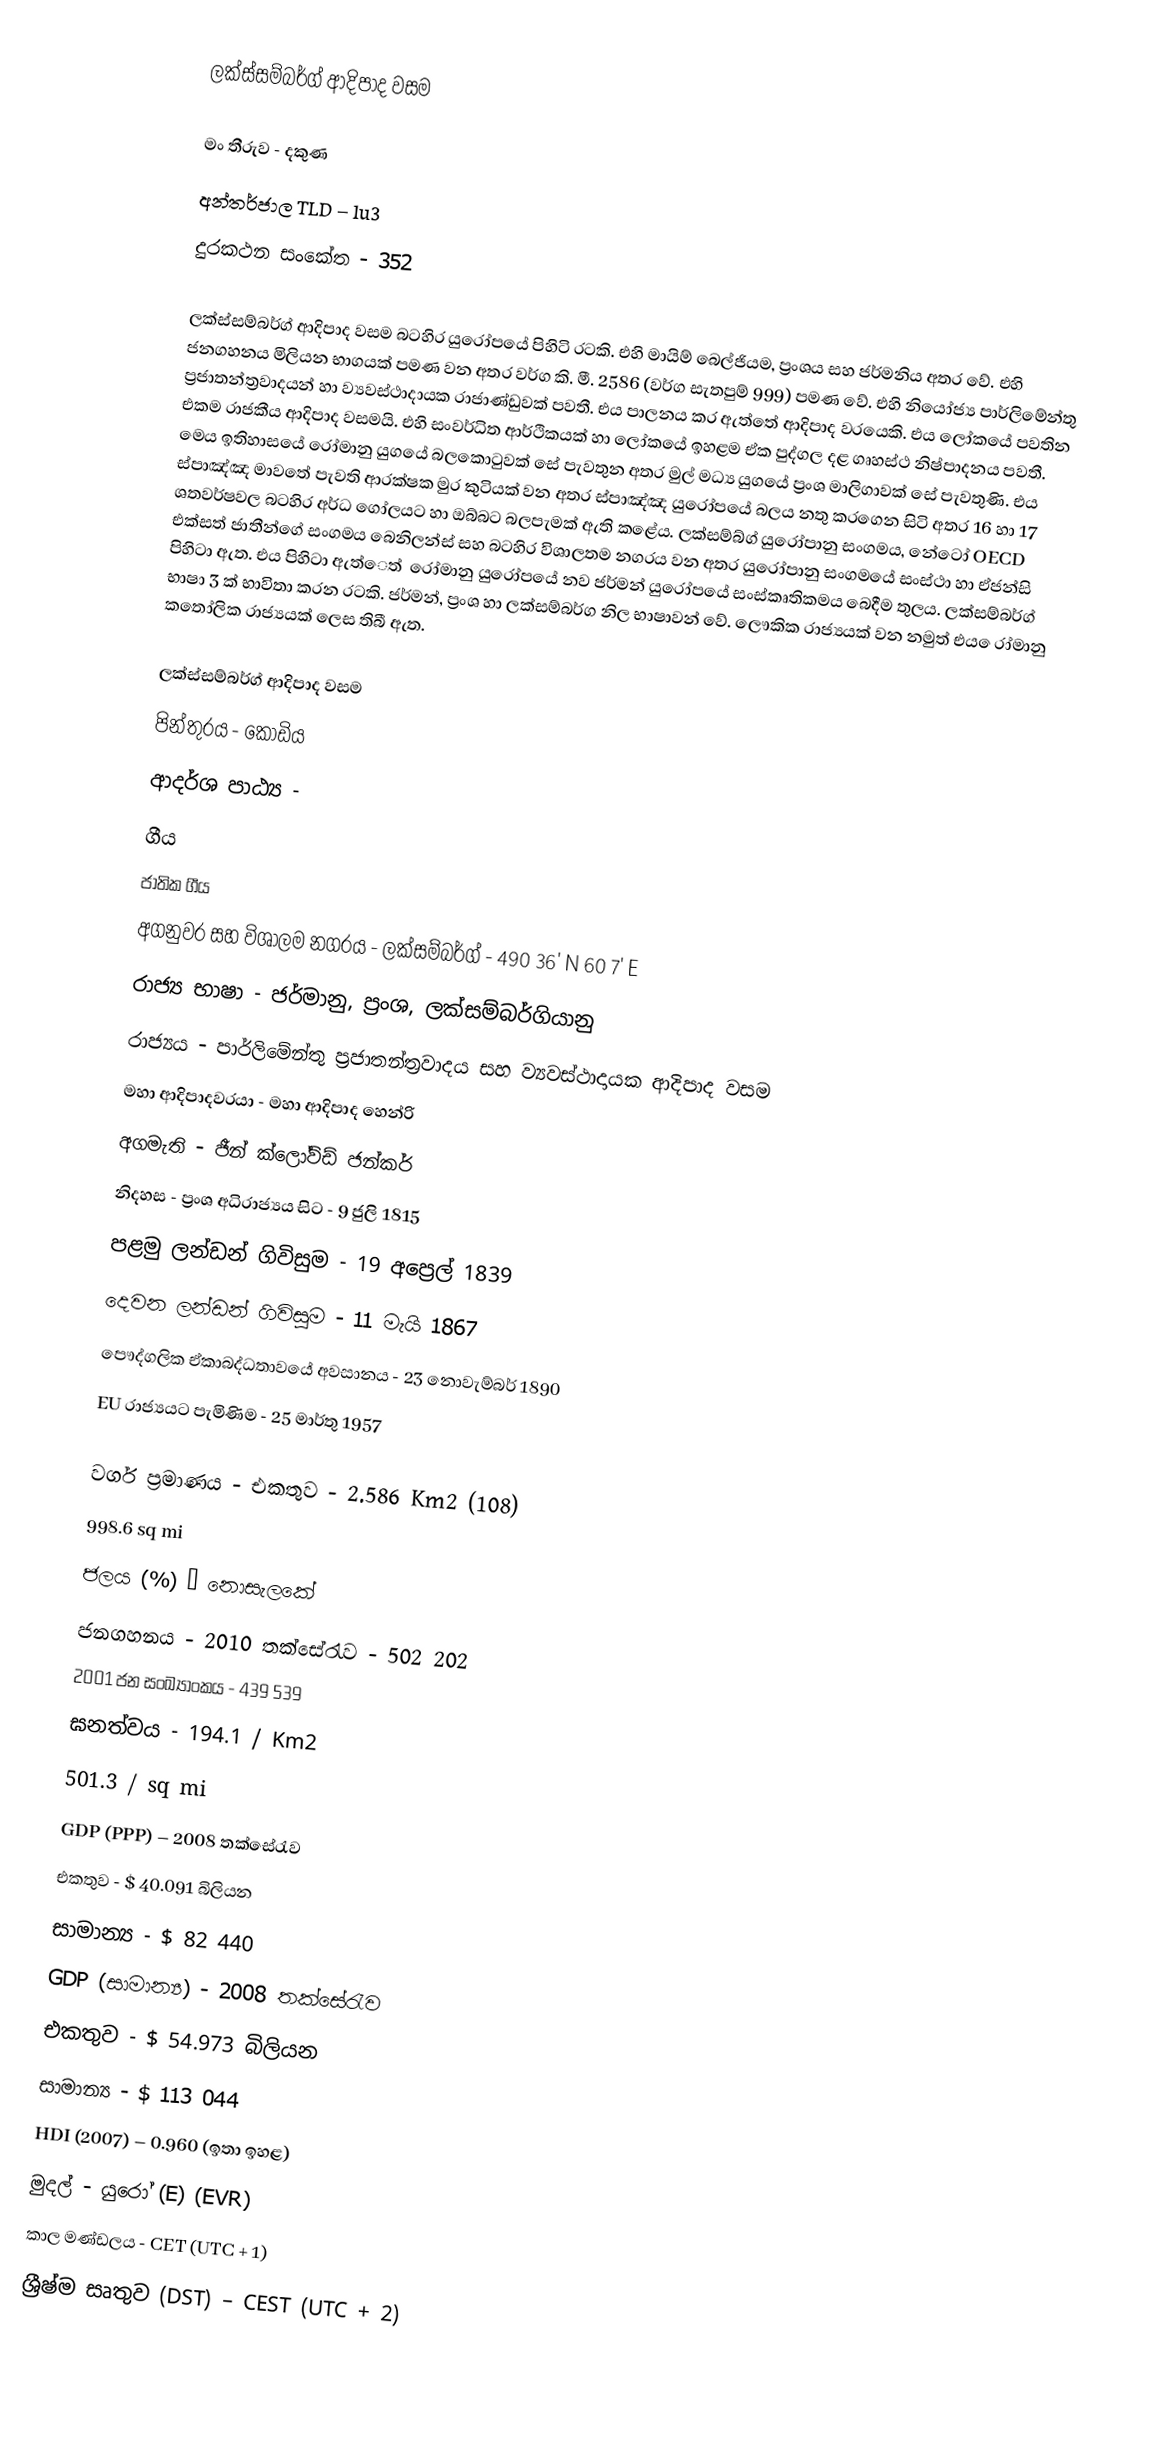
ලක්ස්සම්බර්ග් ආදිපාද වසම

මං තීරුව - දකුණ
අන්තර්ජාල TLD – lu3
දුරකථන සංකේත - 352

ලක්ස්සම්බර්ග් ආදිපාද වසම බටහිර යුරෝපයේ පිහිටි රටකි. එහි මායිම් බෙල්ජියම, ප්‍රංශය සහ ජර්මනිය අතර වේ. එහි ජනගහනය මිලියන භාගයක් පමණ වන අතර වර්ග කි. මී. 2586 (වර්ග සැතපුම් 999) පමණ වේ. එහි නියෝජ්‍ය පාර්ලිමේන්තු ප්‍රජාතන්ත්‍රවාදයන් හා ව්‍යවස්ථාදායක ‍රාජාණ්ඩුවක් පවතී. එය පාලනය කර ඇත්තේ ආදිපාද වරයෙකි. එය ලෝකයේ පවතින එකම රාජකීය ආදිපාද වසමයි. එහි සංවර්ධිත ආර්ථිකයක් හා ලෝකයේ ඉහළම ඒක පුද්ගල දළ ගෘහස්ථ නිෂ්පාදනය පවතී. මෙය ඉතිහාසයේ රෝමානු යුගයේ බලකොටුවක් සේ පැවතුන අතර මුල් මධ්‍ය යුගයේ ප්‍රංශ මාලිගාවක් සේ පැවතුණි. එය ස්පාඤ්ඤ මාවතේ පැවති ආරක්ෂක මුර කුටියක් වන අතර ස්පාඤ්ඤ යුරෝපයේ බලය නතු කරගෙන සිටි අතර 16 හා 17 ශතවර්ෂවල බටහිර අර්ධ ගෝලයට හා ඔබ්බට බලපැමක් ඇති කළේය. ලක්සම්බ්ග් යුරෝපානු සංගමය, නේටෝ OECD එක්සත් ජාතීන්ගේ සංගමය බෙනිලන්ස් සහ බටහිර විශාලතම නගරය වන අතර යුරෝපානු සංගමයේ සංස්ථා හා ඒජන්සි පිහිටා ඇත. ‍එය පිහිටා ඇත්‍ෙත් ‍ රෝමානු යුරෝපයේ නව ජර්මන් යු‍රෝපයේ සංස්කෘතිකමය බෙදීම තුලය. ලක්සම්බර්ග් භාෂා 3 ක් භාවිතා කරන රටකි. ජර්මන්, ප්‍රංශ හා ලක්සම්බර්ග නිල භාෂාවන් වේ. ලෞකික රාජ්‍යයක් වන නමුත් එය ‍ෙරා්මානු කතෝලික රාජ්‍යයක් ලෙස තිබී ඇත.

ලක්ස්සම්බර්ග් ආදිපාද වසම
පින්තුරය - කොඩිය
ආදර්ශ පාඨ්‍ය -
ගීය
ජාතික ගීය
අගනුවර සහ විශාලම නගරය - ලක්සම්බර්ග් - 490 36' N 60 7' E
රාජ්‍ය භාෂා - ජර්මානු, ප්‍රංශ, ලක්සම්බර්ගියානු
රාජ්‍යය - පාර්ලිමේන්තු ප්‍රජාතන්ත්‍රවාදය සහ ව්‍යවස්ථාදායක ආදිපාද වසම
මහා ආදිපාදවරයා - මහා ආදිපාද හෙන්රි
අගමැති - ජීන් ක්ලෝව්ඩ් ජන්කර්
නිදහස - ප්‍රංශ අධිරාජ්‍යය සිට - 9 ජුලි 1815
පළමු ලන්ඩන් ගිවිසුම - 19 අප්‍රෙල් 1839
දෙවන ලන්ඩන් ගිවිසුම - 11 මැයි 1867
පෞද්ගලික ඒකාබද්ධතාවයේ අවසානය - 23 නොවැම්බර් 1890
EU රාජ්‍යයට පැමිණිම - 25 මාර්තු 1957

වර්ග ප්‍රමාණය -	එකතුව	-	2.586 Km2 (108)
			998.6 sq mi
ජලය (%) – නොසැලකේ
ජනගහනය - 2010 තක්සේරැව - 502 202
2001 ජන සංඛ්‍යාංකය - 439 539
ඝනත්වය	-	194.1 / Km2
			501.3 / sq mi
GDP (PPP) – 2008 තක්සේරැව
එකතුව - $ 40.091 බිලියන
සාමාන්‍ය - $ 82 440
GDP (සාමාන්‍ය) - 2008 තක්සේරැව
එකතුව - $  54.973 බිලියන
සාමාන්‍ය - $ 113 044
HDI (2007) – 0.960 (ඉතා ඉහළ)
මුදල් - යුරෝ (E) (EVR)
කාල මණ්ඩලය - CET (UTC + 1)
ශ්‍රීෂ්ම සෘතුව (DST) – CEST (UTC + 2)